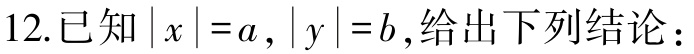
12.已知\(\vert x\vert =a,\vert y\vert =b\),给出下列结论：